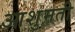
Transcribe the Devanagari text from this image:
आशुमती